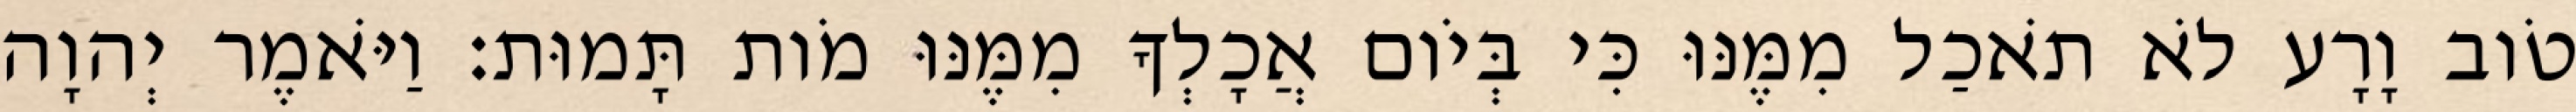
טֹוב וָרָע לֹא תֹאכַל מִמֶּנּוּ כִּי בְּיֹום אֲכָלְךָ מִמֶּנּוּ מֹות תָּמוּת׃ וַיֹּאמֶר יְהוָה